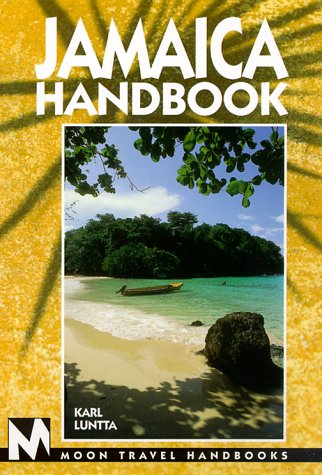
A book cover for Jamaica Handbook (Moon Jamaica); Karl Luntta; Travel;